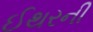
ઈથરની